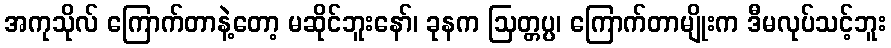
အကုသိုလ် ကြောက်တာနဲ့တော့ မဆိုင်ဘူးနော်၊ ခုနက ဩတ္တပ္ပ၊ ကြောက်တာမျိုးက ဒီမလုပ်သင့်ဘူး